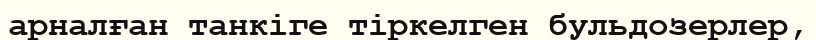
арналған танкіге тіркелген бульдозерлер,